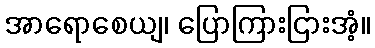
အာရောစေယျ၊ ပြောကြားငြားအံ့။